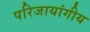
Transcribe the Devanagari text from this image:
परिजायांगीय